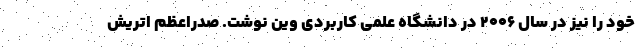
خود را نیز در سال ۲۰۰۶ در دانشگاه علمی کاربردی وین نوشت. صدراعظم اتریش